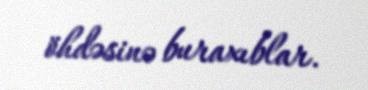
öhdəsinə buraxıblar.